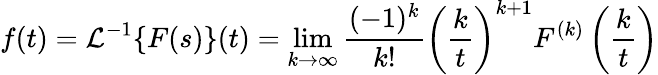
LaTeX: f(t)={\mathcal{L}}^{-1}\{ F(s)\} (t)=\operatorname*{lim}_{k\to\infty}{\frac{(-1)^{k}}{k!}}\left({\frac{k}{t}}\right)^{k+1}F^{(k)}\left({\frac{k}{t}}\right)